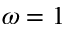
\omega = 1